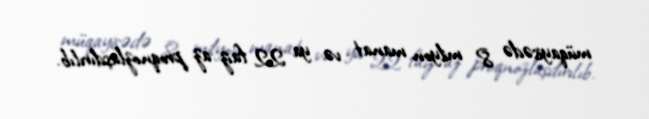
müqayisədə 8 milyon manat və ya 22 faiz az proqnozlaşdırılıb.